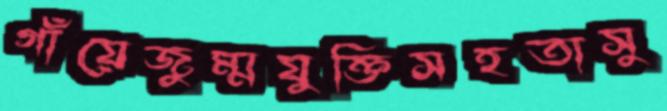
গাঁয়েজুম্মযুক্তিসহতাসু